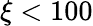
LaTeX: \xi<100